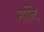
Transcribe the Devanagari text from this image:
मान्दि